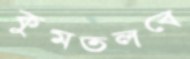
কুমতলবে